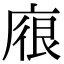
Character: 𢉟